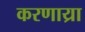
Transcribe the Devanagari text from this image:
करणाय्रा